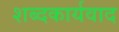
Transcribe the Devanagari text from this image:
शब्दकार्यवाद